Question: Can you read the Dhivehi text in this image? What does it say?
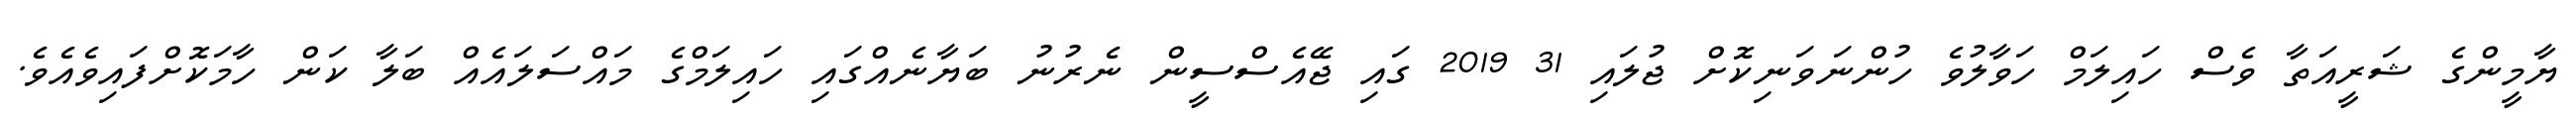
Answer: ޔާމީންގެ ޝަރީއަތާ ވެސް ހައިލަމް ހަވާލުވެ ހުންނަވަނިކޮށް ޖުލައި 31 2019 ގައި ޖޭއެސްސީން ނެރުނު ބަޔާނެއްގައި ހައިލަމްގެ މައްސަލައެއް ބަލާ ކަން ހާމަކޮށްފައިވެއެވެ.